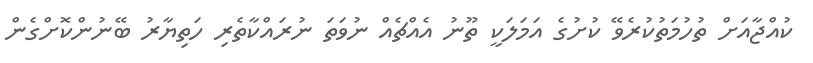
ކުއްޖާއަށް ތުހުމަތުކުރެވޭ ކުށުގެ އަމަލަކީ ތޫނު އެއްޗެއް ނުވަތަ ނުރައްކާތެރި ހަތިޔާރު ބޭނުންކޮށްގެން